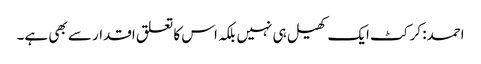
احمد: کرکٹ ایک کھیل ہی نہیں بلکہ اس کا تعلق اقدار سے بھی ہے۔